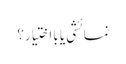
نمائشی یا بااختیار؟